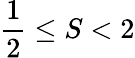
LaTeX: {\frac{1}{2}}\leq S<2